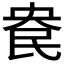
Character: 𰚹